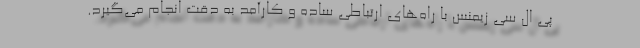
پی ال سی زیمنس با راه‌­های ارتباطی ساده و کارآمد به دقت انجام می­گیرد.